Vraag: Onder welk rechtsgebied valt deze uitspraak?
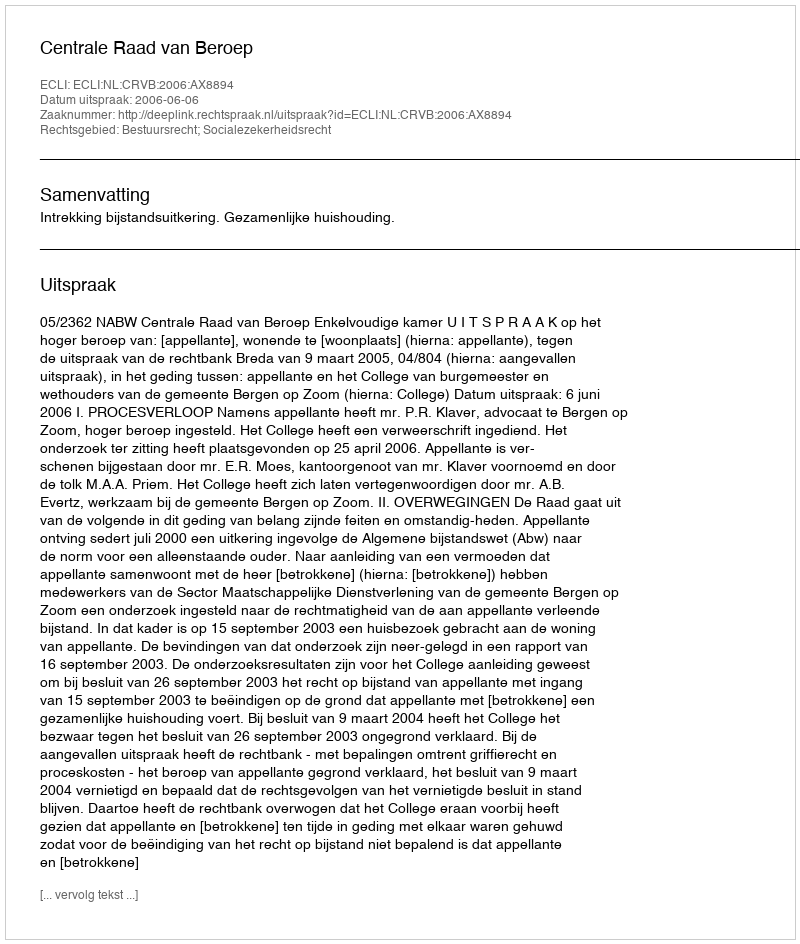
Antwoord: Bestuursrecht; Socialezekerheidsrecht